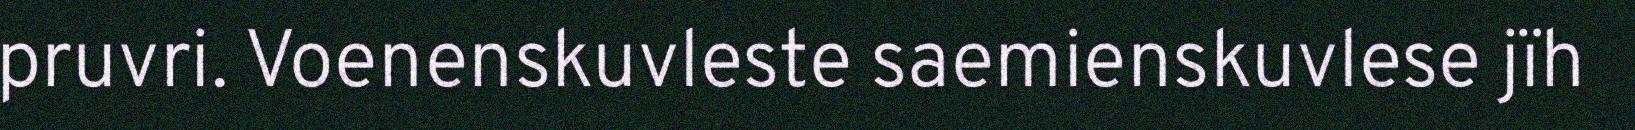
pruvri. Voenenskuvleste saemienskuvlese jïh